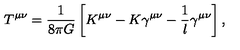
T ^ { \mu \nu } = \frac { 1 } { 8 \pi G } \left[ K ^ { \mu \nu } - K \gamma ^ { \mu \nu } - \frac 1 l \gamma ^ { \mu \nu } \right] ,